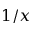
1 / x